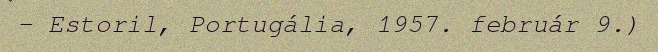
– Estoril, Portugália, 1957. február 9.)